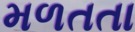
મળતતા